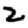
Digit: 2